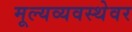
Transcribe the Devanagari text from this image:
मूल्यव्यवस्थेवर